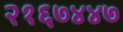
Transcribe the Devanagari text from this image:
२१६७४४७